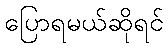
ပြောရမယ်ဆိုရင်